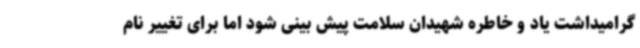
گرامیداشت یاد و خاطره شهیدان سلامت پیش بینی شود اما برای تغییر نام